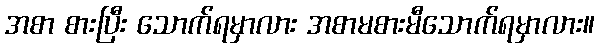
အစာ စားပြီး သောက်ရမှာလား အစာမစားမီသောက်ရမှာလား။